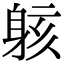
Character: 䠹